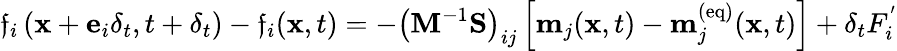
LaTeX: \mathfrak{f}_{i}\left(\mathbf{{x}}+\mathbf{{e}}_{i}\delta_{t},t+\delta_{t}\right)-\mathfrak{f}_{i}(\mathbf{{x}},t)=-\left(\mathbf{{M}}^{-1}\mathbf{{S}}\right)_{ij}\left[\mathbf{{m}}_{j}(\mathbf{{x}},t)-\mathbf{{m}}_{j}^{(\mathrm{{eq}})}(\mathbf{{x}},t)\right]+\delta_{t}F_{i}^{'}